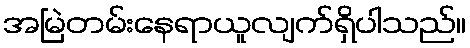
အမြဲတမ်းနေရာယူလျက်ရှိပါသည်။